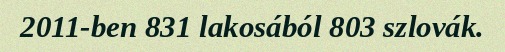
2011-ben 831 lakosából 803 szlovák.